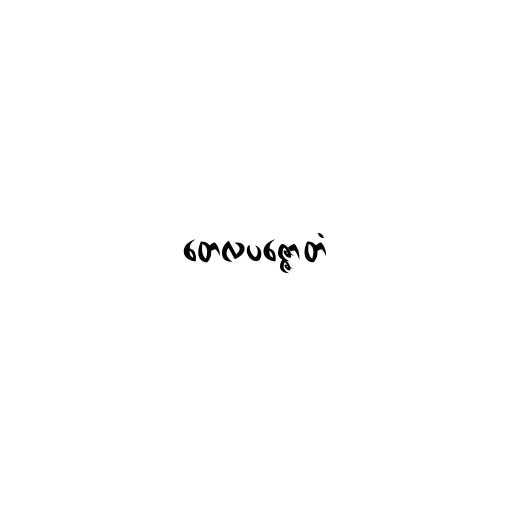
တေလပဇ္ဇောတံ